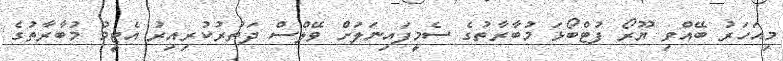
މިއަހަރު ބޭއްވި ޔޫރޯ ފުޓްބޯޅަ މުބާރާތުގެ ސެމީފައިނަލަށް ވޭލްސް ދަތުރުކުރިއިރު އެޓީމު މުބާރާތުގެ